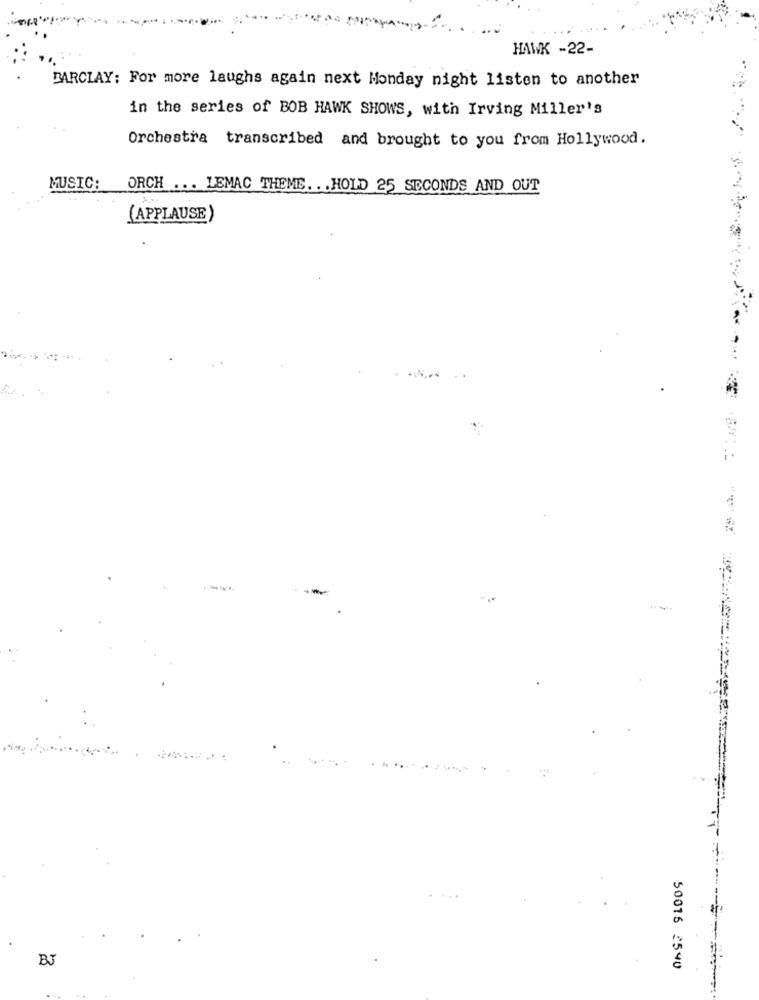
HAWK -22-
BARCLAY: For more laughs again next Monday night listen to another
in the series of BOB HAWK SHOWS, with Irving Miller's
Orchestra transcribed and brought to you from Hollywood.
MUSIC: ORCH ... LEMAC THEME .. . HOLD 25 SECONDS AND OUT
(APPLAUSE)
BJ
50016 2540